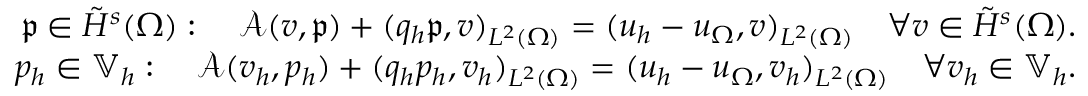
\begin{array} { r } { \mathfrak { p } \in \tilde { H } ^ { s } ( \Omega ) : \quad \mathcal { A } ( v , \mathfrak { p } ) + ( q _ { h } \mathfrak { p } , v ) _ { L ^ { 2 } ( \Omega ) } = ( u _ { h } - u _ { \Omega } , v ) _ { L ^ { 2 } ( \Omega ) } \quad \forall v \in \tilde { H } ^ { s } ( \Omega ) . } \\ { p _ { h } \in \mathbb { V } _ { h } : \quad \mathcal { A } ( v _ { h } , p _ { h } ) + ( q _ { h } p _ { h } , v _ { h } ) _ { L ^ { 2 } ( \Omega ) } = ( u _ { h } - u _ { \Omega } , v _ { h } ) _ { L ^ { 2 } ( \Omega ) } \quad \forall v _ { h } \in \mathbb { V } _ { h } . } \end{array}